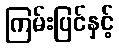
ကြမ်းပြင်နှင့်